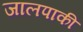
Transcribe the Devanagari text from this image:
जालपाकी